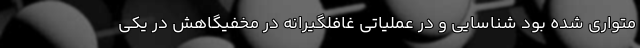
متواری شده بود شناسایی و در عملیاتی غافلگیرانه در مخفیگاهش در یکی